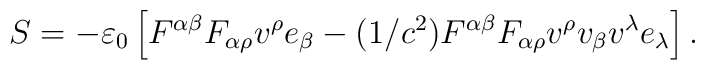
S=-\varepsilon _{0}\left[ F^{\alpha \beta }F_{\alpha \rho }v^{\rho }e_{\beta}-(1/c^{2})F^{\alpha \beta }F_{\alpha \rho }v^{\rho }v_{\beta }v^{\lambda}e_{\lambda }\right] .